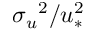
{ \sigma _ { u } } ^ { 2 } / u _ { * } ^ { 2 }